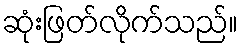
ဆုံးဖြတ်လိုက်သည်။